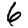
Digit: 6